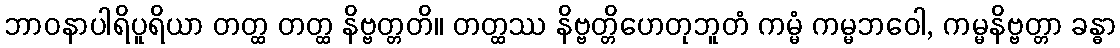
ဘာဝနာပါရိပူရိယာ တတ္ထ တတ္ထ နိဗ္ဗတ္တတိ။ တတ္ထဿ နိဗ္ဗတ္တိဟေတုဘူတံ ကမ္မံ ကမ္မဘဝေါ, ကမ္မနိဗ္ဗတ္တာ ခန္ဓာ